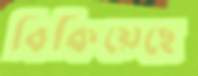
বিকিয়েছে